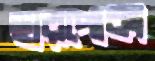
ছারপোকা